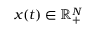
{ \boldsymbol x } ( t ) \in \ensuremath { \mathbb { R } } _ { + } ^ { N }